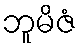
ဘူမိဇံ